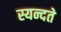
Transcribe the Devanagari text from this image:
स्यन्दते